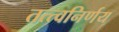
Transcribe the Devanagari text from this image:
तत्त्वनिर्णय